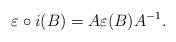
LaTeX: \begin{align*}\varepsilon \circ i (B) = A \varepsilon (B) A^{-1}.\end{align*}